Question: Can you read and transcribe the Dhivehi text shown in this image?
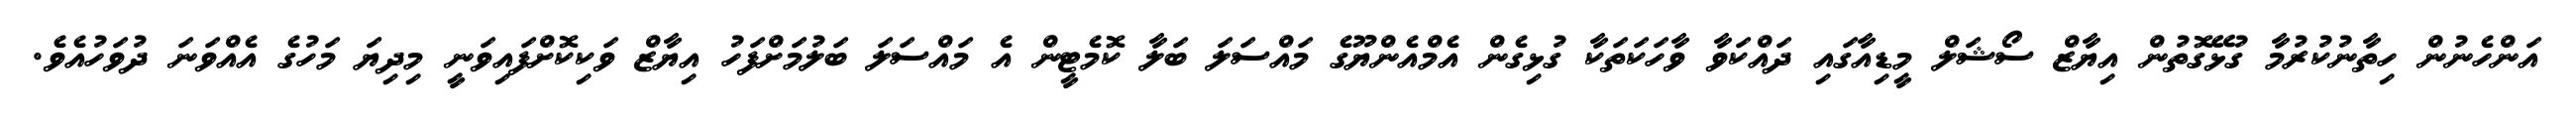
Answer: އަންހެނުން ހިތާނުކުރުމާ ގުޅޭގޮތުން އިޔާޒް ސޯޝަލް މީޑިއާގައި ދައްކަވާ ވާހަކަތަކާ ގުޅިގެން އެމްއެންޔޫގެ މައްސަލަ ބަލާ ކޮމެޓީން އެ މައްސަލަ ބަލުމަށްފަހު އިޔާޒް ވަކިކޮށްފައިވަނީ މިދިޔަ މަހުގެ އެއްވަނަ ދުވަހުއެވެ.